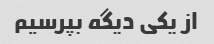
از یکی دیگه بپرسیم